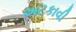
અટકાવી